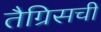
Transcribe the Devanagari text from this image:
तैग्रिसची